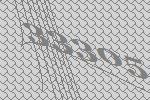
33305